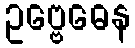
ဥဗ္ဗေဓေန